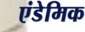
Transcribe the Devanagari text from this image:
एंडेमिक